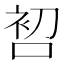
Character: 𱓑